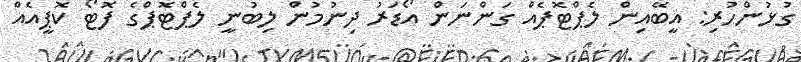
ގުޅުންހުރި: އީބޭއިން ލެޕްޓޮޕެއް ގަންނަން އޯޑަރު ދިނުމުން ލިބުނީ ލެޕްޓޮޕްގެ ފޮޓޯ ކޮޕީއެއް